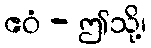
ဧဝံ - ဤသို့၊